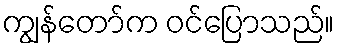
ကျွန်တော်က ဝင်ပြောသည်။